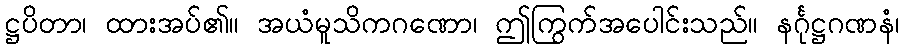
ဋ္ဌပိတာ၊ ထားအပ်၏။ အယံမူသိကဂဏော၊ ဤကြွက်အပေါင်းသည်။ နင်္ဂုဋ္ဌဂဏနံ၊